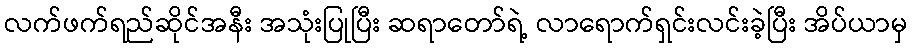
လက်ဖက်ရည်ဆိုင်အနီး အသုံးပြုပြီး ဆရာတော်ရဲ့ လာရောက်ရှင်းလင်းခဲ့ပြီး အိပ်ယာမှ